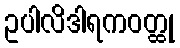
ဥပါလိဒါရကဝတ္ထု